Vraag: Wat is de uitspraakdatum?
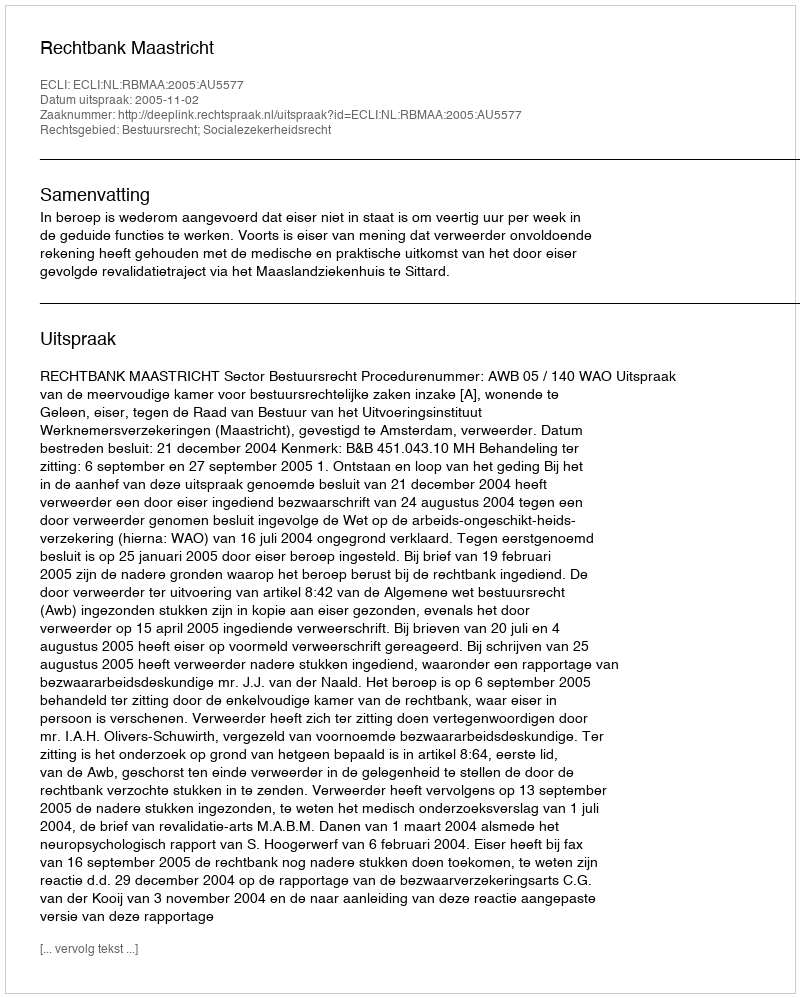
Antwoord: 2005-11-02